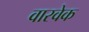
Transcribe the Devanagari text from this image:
वारवेक